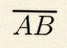
\overline{AB}